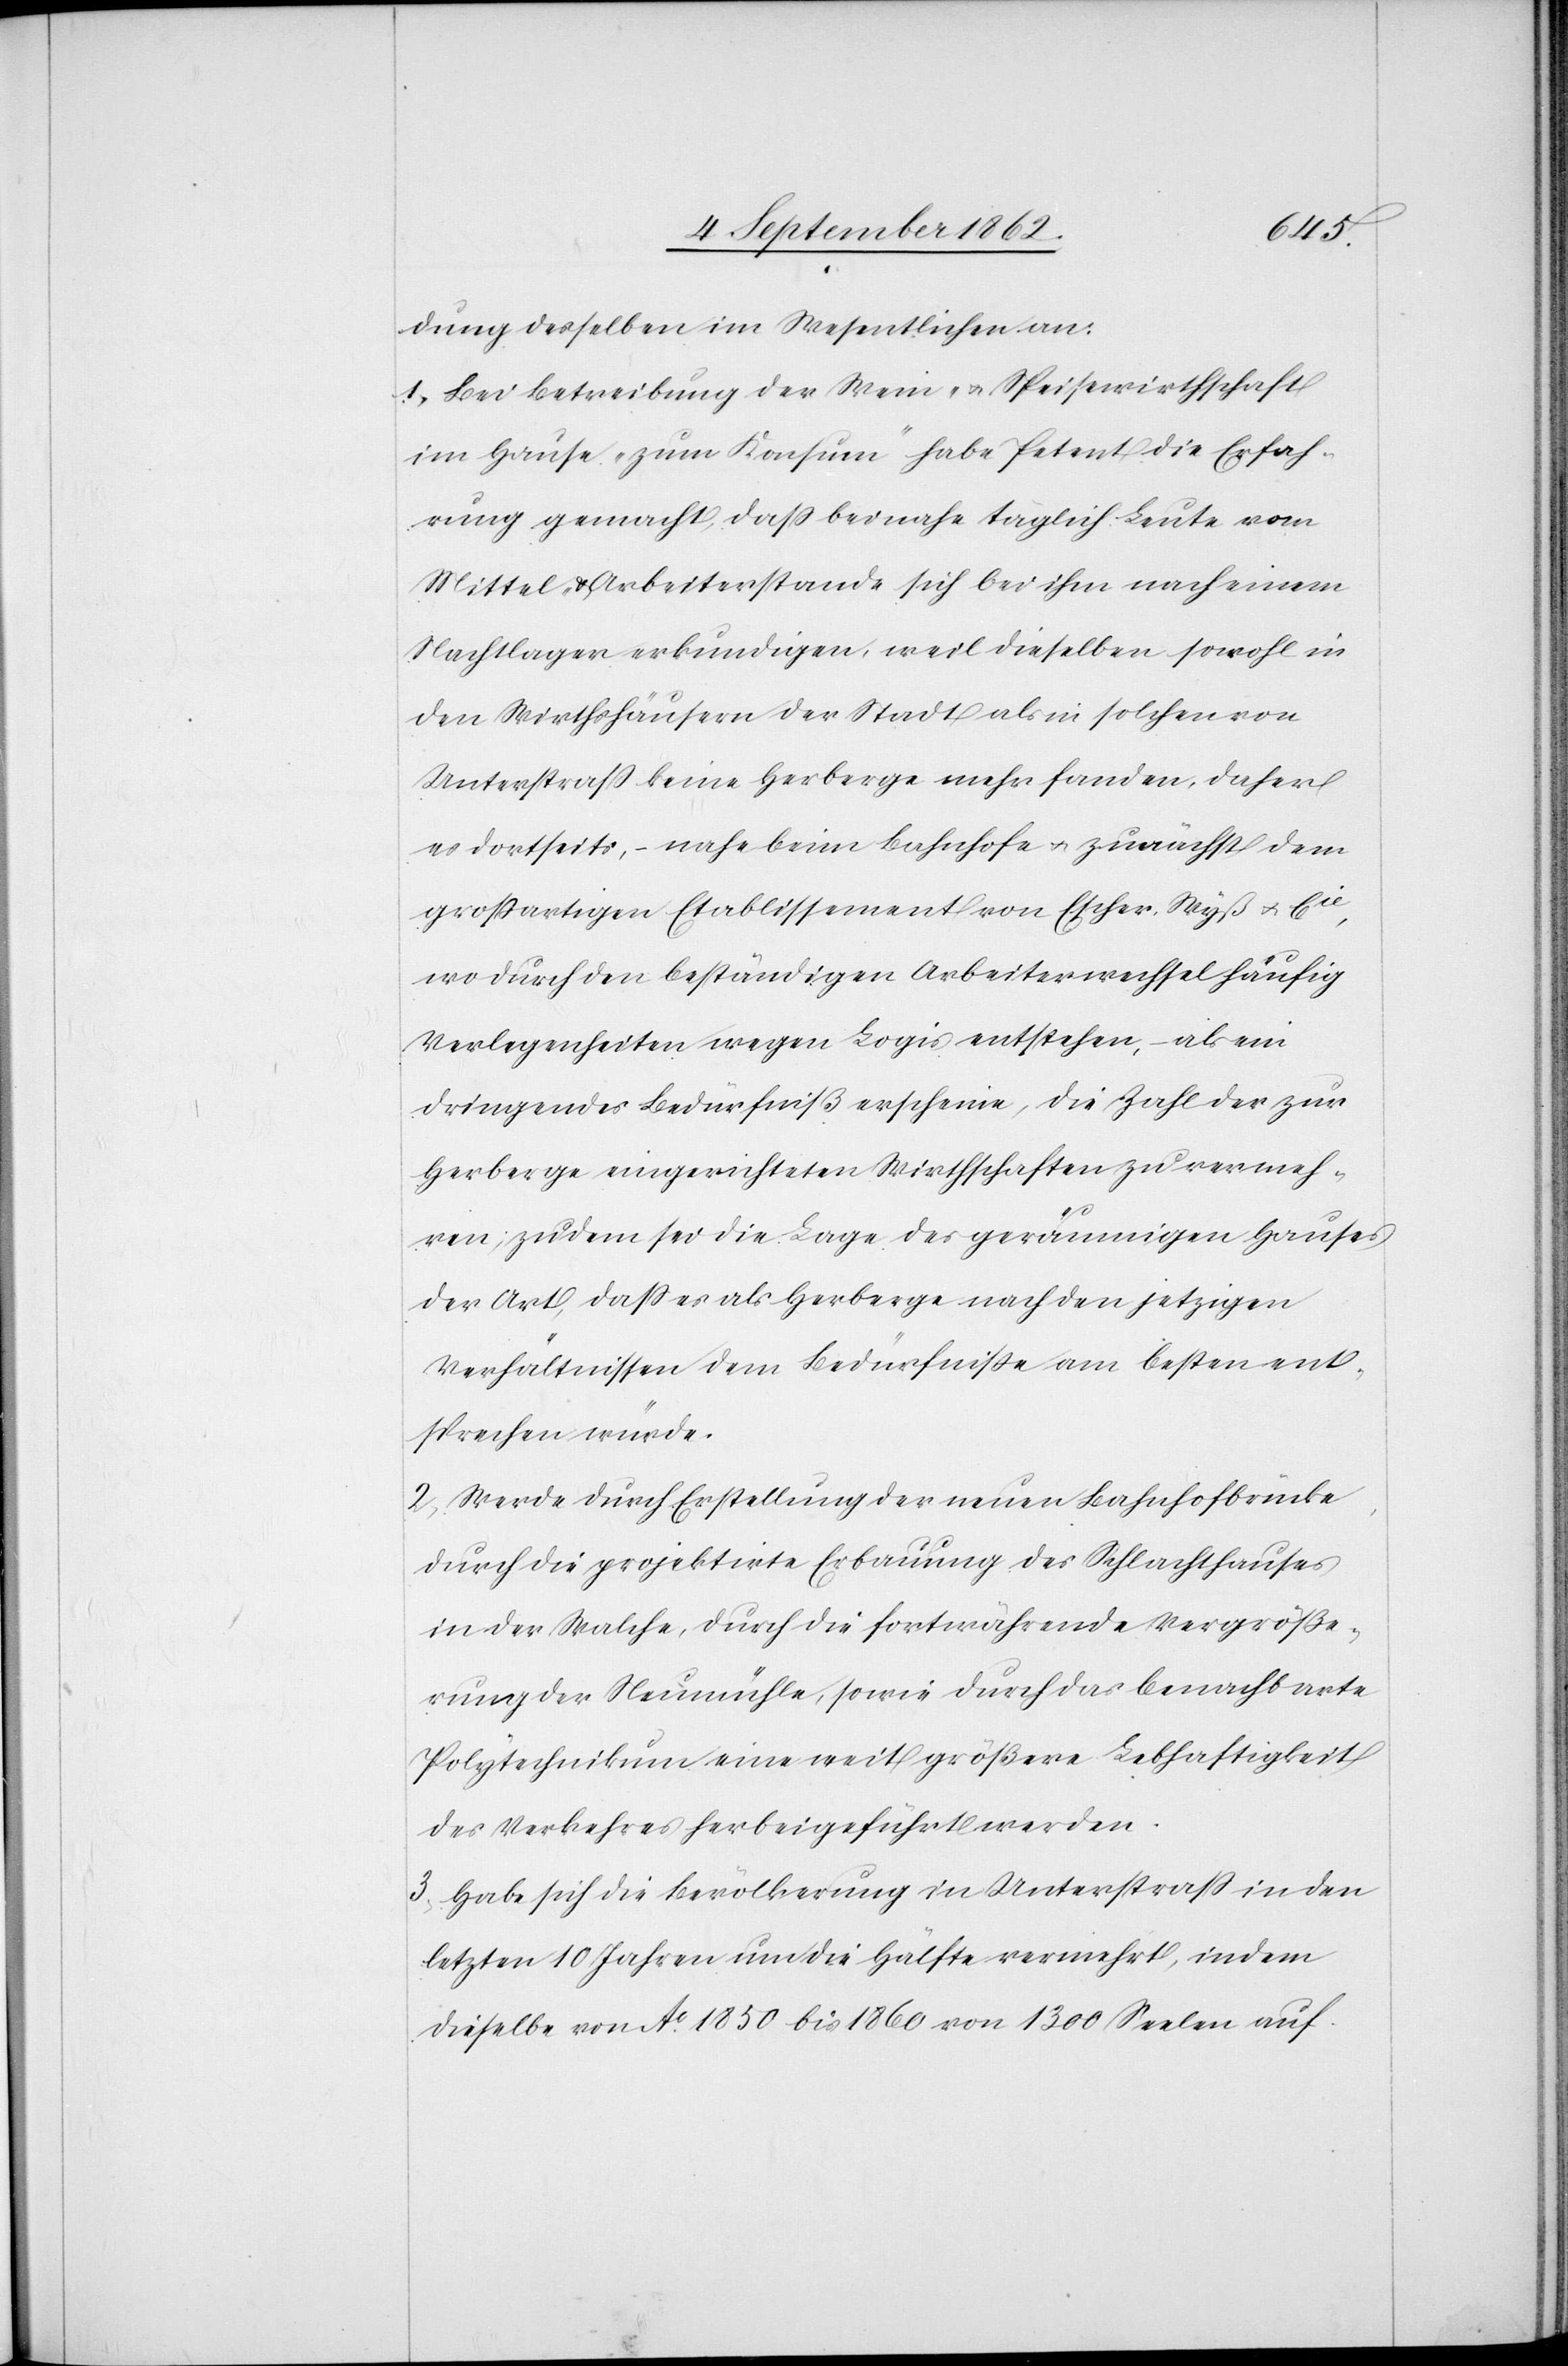
dung desselben im Wesentlichen an:
1. Bei Betreibung der Wein- u. Speisewirthschaft
im Hause „zum Konsum“ habe Petent die Erfah¬
rung gemacht, daß beinahe täglich Leute vom
Mittel- u. Arbeiterstande sich bei ihm nach einem
Nachtlager erkundigen, weil dieselben sowohl in
den Wirthshäusern der Stadt als in solchen von
Unterstraß keine Herberge mehr fanden, daher
es dortseits, – nahe beim Bahnhofe u. zunächst dem
großartigen Etablissement von Escher-Wyß u. Cie,
wo durch den beständigen Arbeiterwechsel häufig
Verlegenheiten wegen Logis entstehen, als ein
dringendes Bedürfniß erscheine, die Zahl der zur
Herberge eingerichteten Wirthschaften zu vermeh¬
ren; zudem sei die Lage des geräumigen Hauses
der Art, daß es als Herberge nach den jetzigen
Verhältnissen dem Bedürfniße am besten ent¬
sprechen würde.
2. Werde durch Erstellung der neuen Bahnhofbrücke,
durch die projektirte Erbauung des Schlachthauses
in der Walche, durch die fortwährende Vergröße¬
rung der Neumühle, sowie durch das benachbarte
Polytechnikum eine weit größere Lebhaftigkeit
des Verkehres herbeigeführt werden.
3. Habe sich die Bevölkerung in Unterstraß in den
letzten 10 Jahren um die Hälfte vermehrt, indem
dieselbe von Ao 1850 bis 1860 von 1300 Seelen auf